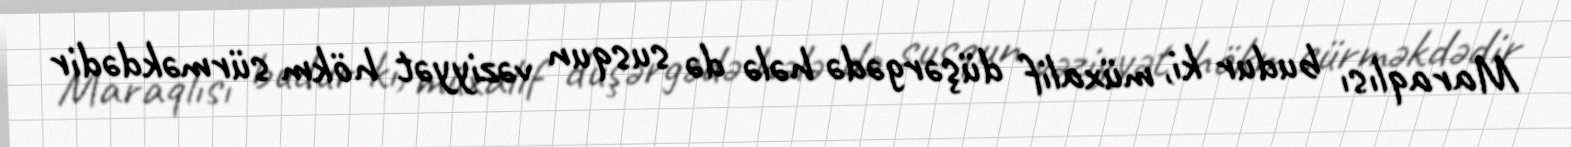
Maraqlısı budur ki, müxalif düşərgədə hələ də susqun vəziyyət hökm sürməkdədir